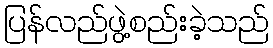
ပြန်လည်ဖွဲ့စည်းခဲ့သည်